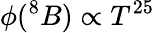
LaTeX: \phi(^{8}B)\propto T^{25}